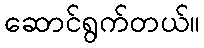
ဆောင်ရွက်တယ်။